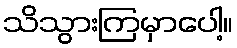
သိသွားကြမှာပေါ့။